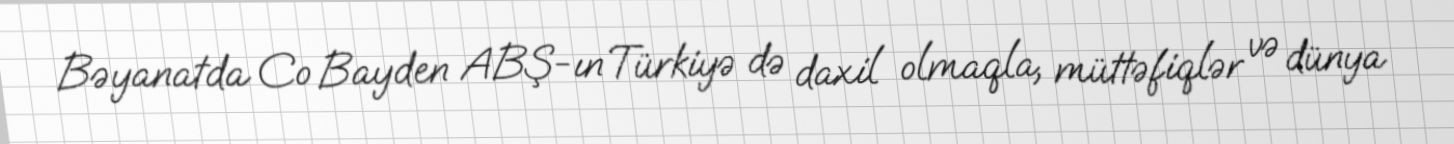
Bəyanatda Co Bayden ABŞ-ın Türkiyə də daxil olmaqla, müttəfiqlər və dünya